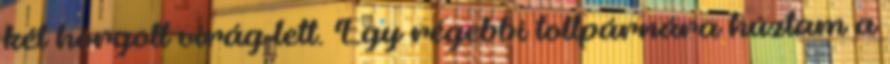
két horgolt virág lett. Egy régebbi tollpárnára húztam a